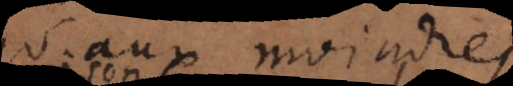
jusqu’aux moindres